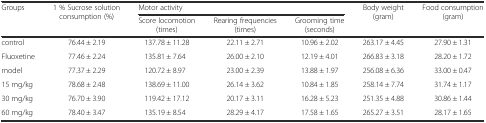
<table><thead><tr><td rowspan="2"><b>Groups</b></td><td rowspan="2"><b>1 % Sucrose solution consumption (%)</b></td><td colspan="3"><b>Motor activity</b></td><td rowspan="2"><b>Body weight (gram)</b></td><td rowspan="2"><b>Food consumption (gram)</b></td></tr><tr><td><b>Score locomotion (times)</b></td><td><b>Rearing frequencies (times)</b></td><td><b>Grooming time (seconds)</b></td></tr></thead><tbody><tr><td>control</td><td>76.44 ± 2.19</td><td>137.78 ± 11.28</td><td>22.11 ± 2.71</td><td>10.96 ± 2.02</td><td>263.17 ± 4.45</td><td>27.90 ± 1.31</td></tr><tr><td>Fluoxetine</td><td>77.46 ± 2.24</td><td>135.81 ± 7.64</td><td>26.00 ± 2.10</td><td>12.19 ± 4.01</td><td>266.83 ± 3.18</td><td>28.20 ± 1.72</td></tr><tr><td>model</td><td>77.37 ± 2.29</td><td>120.72 ± 8.97</td><td>23.00 ± 2.39</td><td>13.88 ± 1.97</td><td>256.08 ± 6.36</td><td>33.00 ± 0.47</td></tr><tr><td>15 mg/kg</td><td>78.68 ± 2.48</td><td>138.69 ± 11.00</td><td>26.14 ± 3.62</td><td>10.84 ± 1.85</td><td>258.14 ± 7.74</td><td>31.74 ± 1.17</td></tr><tr><td>30 mg/kg</td><td>76.70 ± 3.90</td><td>119.42 ± 17.12</td><td>20.17 ± 3.11</td><td>16.28 ± 5.23</td><td>251.35 ± 4.88</td><td>30.86 ± 1.44</td></tr><tr><td>60 mg/kg</td><td>78.40 ± 3.47</td><td>135.19 ± 8.54</td><td>28.29 ± 4.17</td><td>17.58 ± 1.65</td><td>265.27 ± 3.51</td><td>28.17 ± 1.65</td></tr></tbody></table>